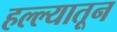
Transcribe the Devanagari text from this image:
हल्ल्यातून